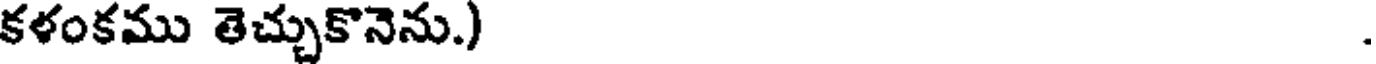
కళంకము తెచ్చుకొనెను.)